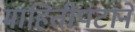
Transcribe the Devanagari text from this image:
माहितीपटाने